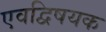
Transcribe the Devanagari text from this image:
एवद्विषयक